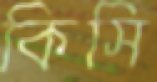
কিসি